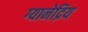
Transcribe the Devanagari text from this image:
ग्यानेद्रिय